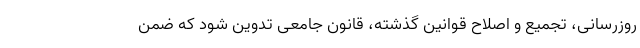
روزرسانی، تجمیع و اصلاح قوانین گذشته، قانون جامعی تدوین شود که ضمن